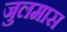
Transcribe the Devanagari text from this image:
जुलमास